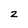
Character: z